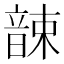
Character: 𩐫